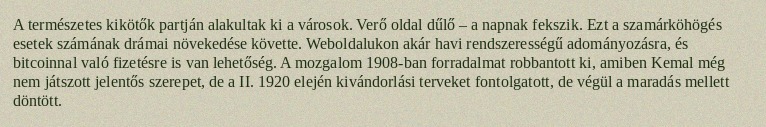
A természetes kikötők partján alakultak ki a városok. Verő oldal dűlő – a napnak fekszik. Ezt a szamárköhögés esetek számának drámai növekedése követte. Weboldalukon akár havi rendszerességű adományozásra, és bitcoinnal való fizetésre is van lehetőség. A mozgalom 1908-ban forradalmat robbantott ki, amiben Kemal még nem játszott jelentős szerepet, de a II. 1920 elején kivándorlási terveket fontolgatott, de végül a maradás mellett döntött.